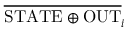
\overline { { \mathrm { S T A T E } \oplus \mathrm { O U T } } } _ { i }